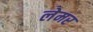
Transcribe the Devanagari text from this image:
लेमर